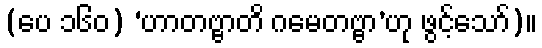
(ပေ ၁၆၀) ‘ဟာတဗ္ဗာတိ ဂမေတဗ္ဗာ’ဟု ဖွင့်သော်)။